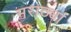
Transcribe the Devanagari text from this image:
मराठ्यां